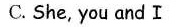
C. She, you and I